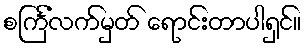
စင်္ကြံလက်မှတ် ရောင်းတာပါရှင်။